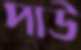
পাউ